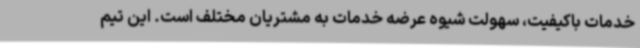
خدمات باکیفیت، سهولت شیوه عرضه خدمات به مشتریان مختلف است. این تیم